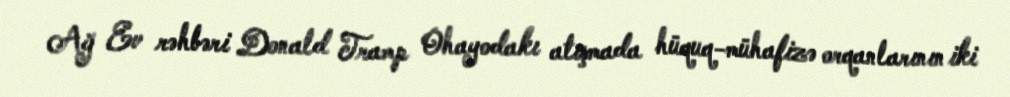
Ağ Ev rəhbəri Donald Tramp Ohayodakı atışmada hüquq-mühafizə orqanlarının iki